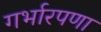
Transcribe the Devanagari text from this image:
गर्भारपणा